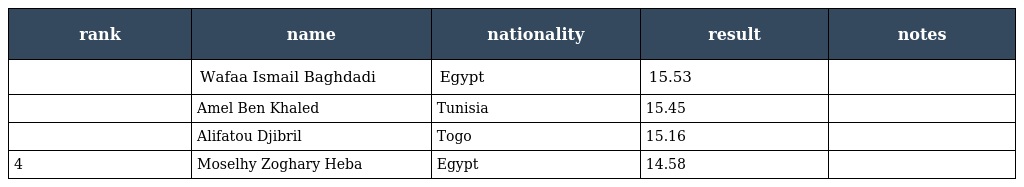
| rank | name | nationality | result | notes |
 | --- | --- | --- | --- | --- |
 |  | Wafaa Ismail Baghdadi | Egypt | 15.53 |  |
 |  | Amel Ben Khaled | Tunisia | 15.45 |  |
 |  | Alifatou Djibril | Togo | 15.16 |  |
 | 4 | Moselhy Zoghary Heba | Egypt | 14.58 |  |